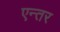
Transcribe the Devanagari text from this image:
एन्तर